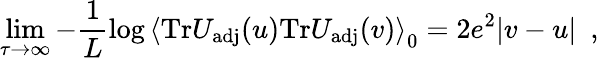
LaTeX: \operatorname*{lim}_{\tau\to\infty}-\frac{1}{L}\log\left<\mathrm{Tr}U_{\mathrm{adj}}(u)\mathrm{Tr}U_{\mathrm{adj}}(v)\right>_{0}=2e^{2}|v-u|\ \ ,